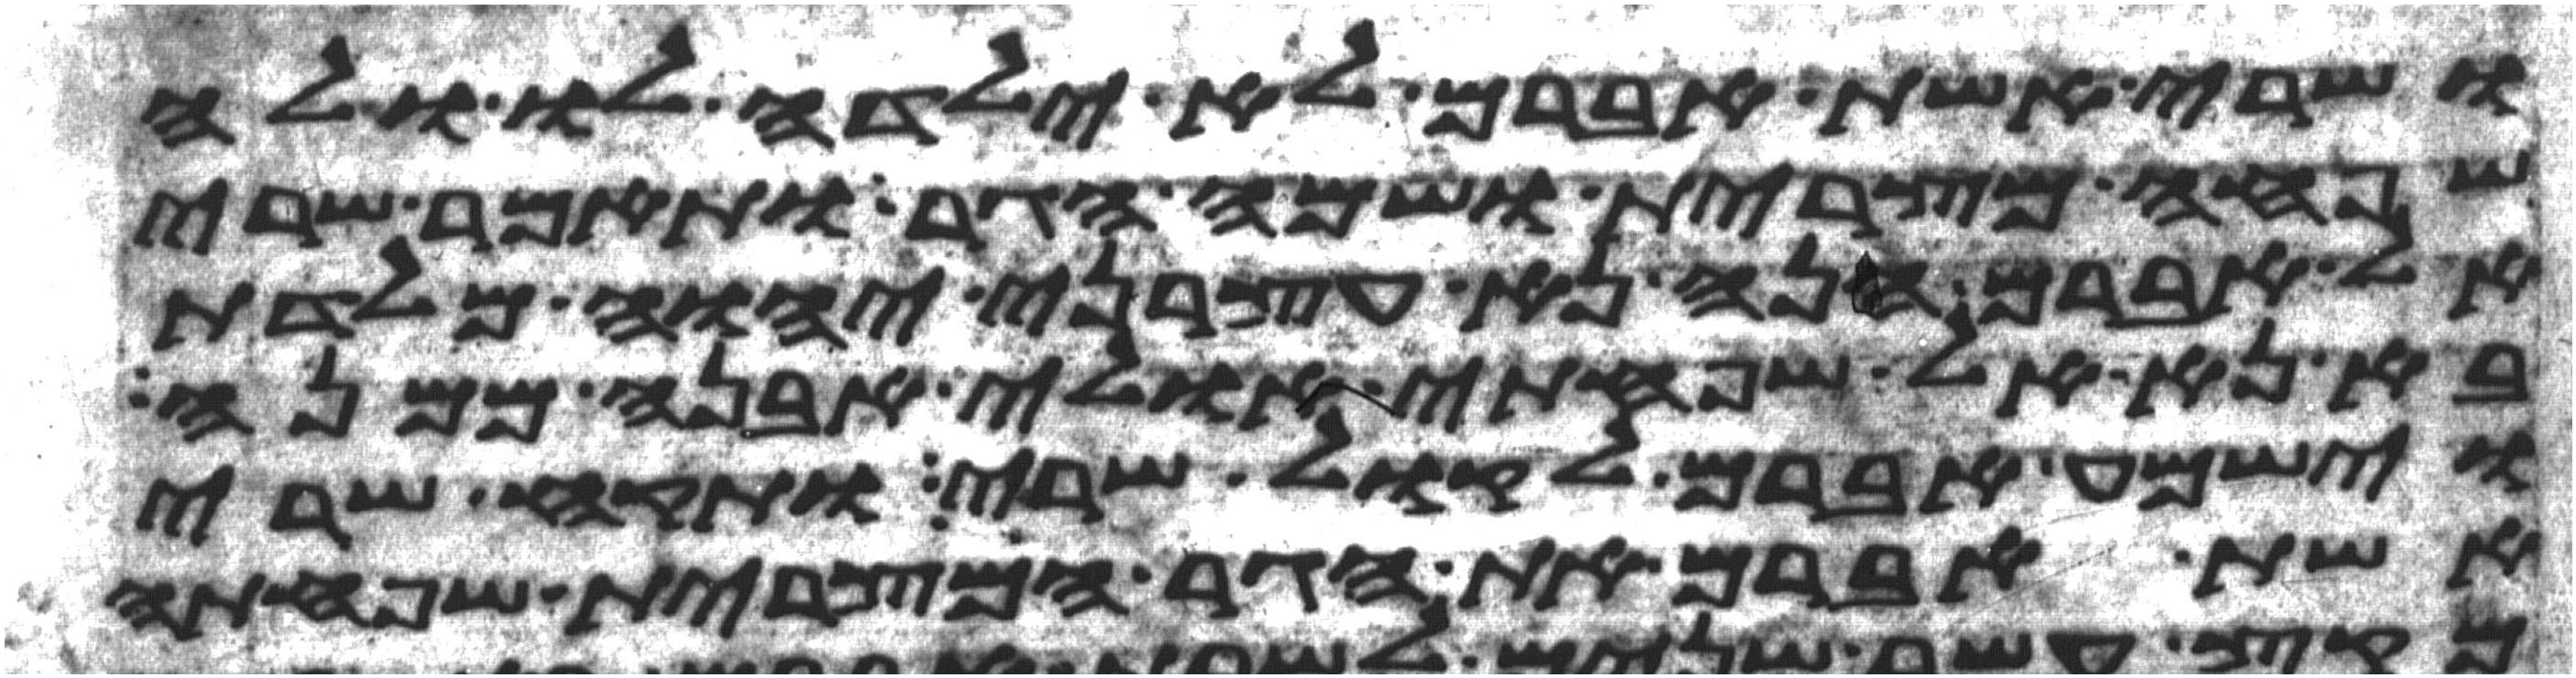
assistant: ושרי אשת אברם לא ילדה לו ולה
שפחה מצרית ושמה הגר ותאמר שרי
אל אברם הנה נא עצרני יהוה מלדת
בא נא אל שפחתי אולי אבנה ממנה
וישמע אברם לקול שרי ותקח שרי
אשת אברם את הגר המצרית שפחתה